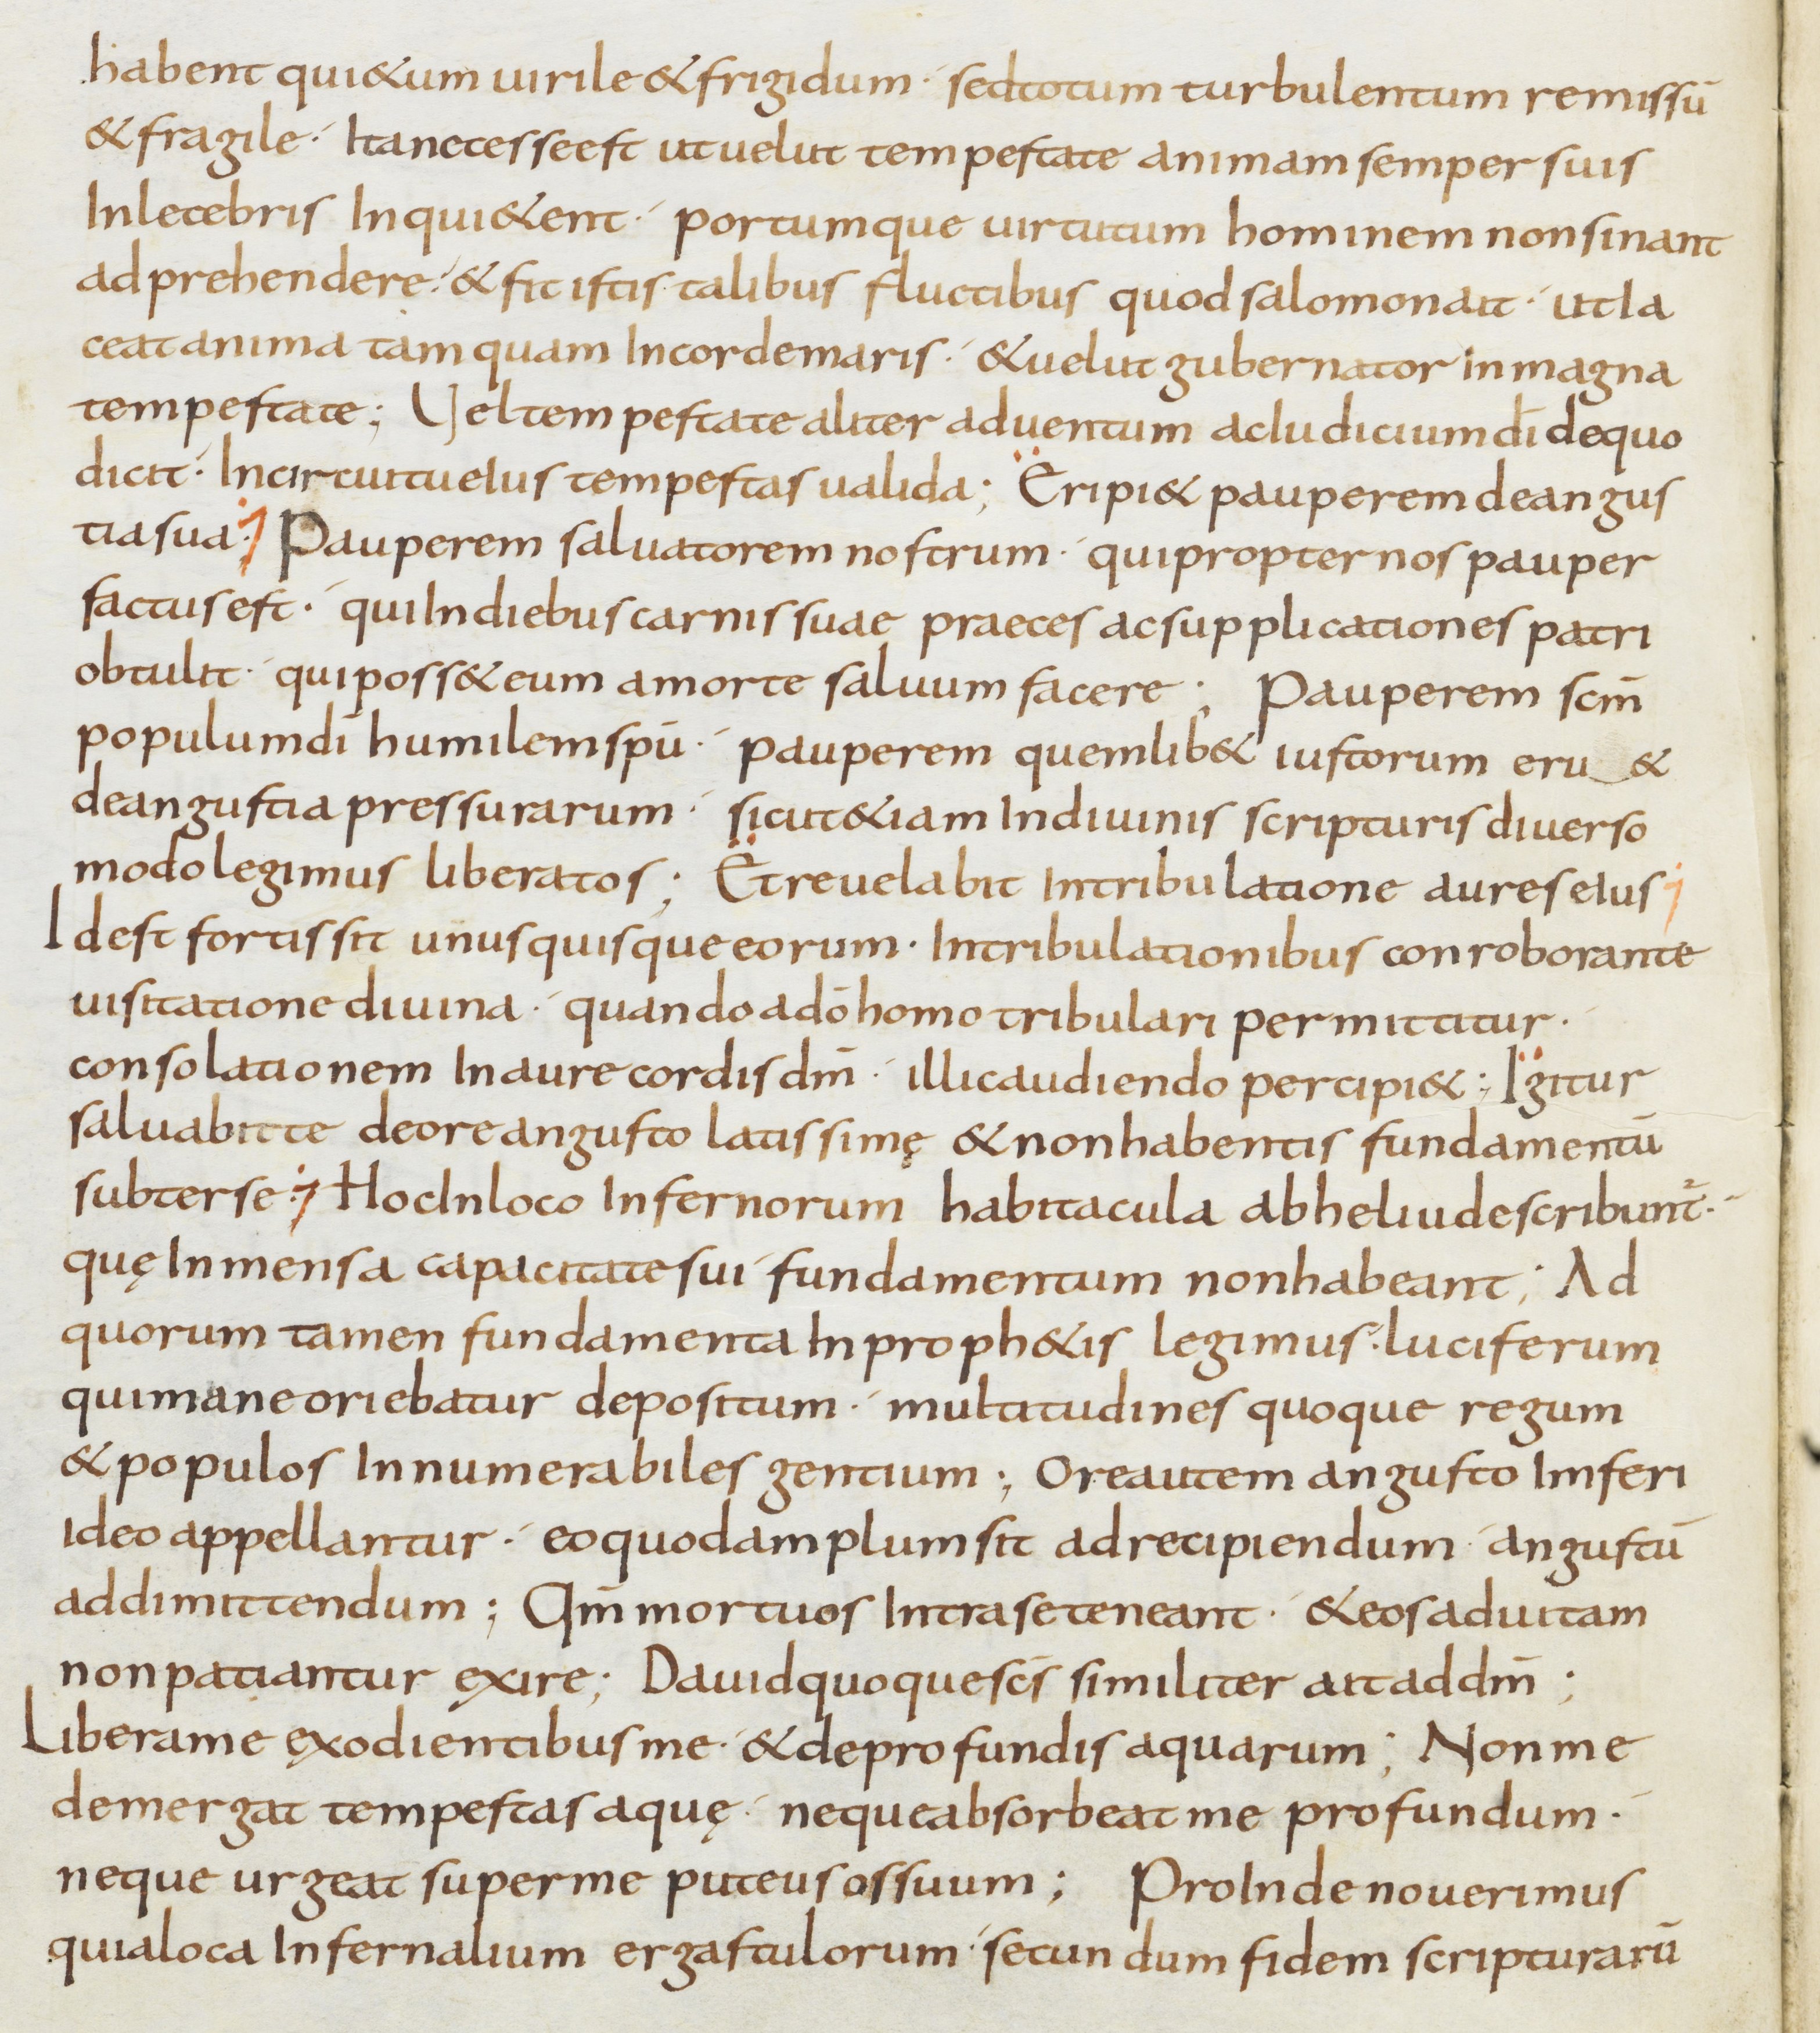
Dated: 800–899